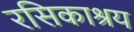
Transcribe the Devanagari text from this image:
रसिकाश्रय